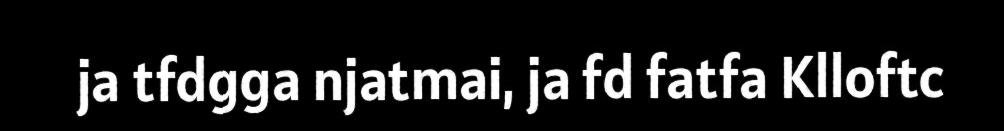
ja tfdgga njatmai, ja fd fatfa Klloftc